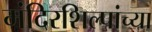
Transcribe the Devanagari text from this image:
मंदिरशिल्पांच्या